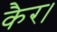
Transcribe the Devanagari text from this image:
कैर।